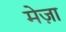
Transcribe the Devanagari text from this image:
मेज़ा